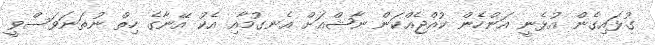
ގުޅައިގެން އުޅެނީ އަންހެން ކުއްޖެއްކަން ނާޝްއަށް އެނގުމާއި އެކު އޭނާގެ ހިތް ނުތަނަވަސްވީ